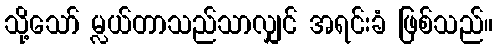
သို့သော် မ္လယ်တာသည်သာလျှင် အရင်းခံ ဖြစ်သည်။